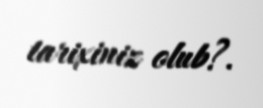
tarixiniz olub?.